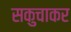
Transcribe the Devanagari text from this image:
सकुचाकर